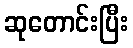
ဆုတောင်းပြီး